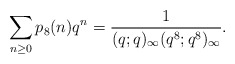
\begin{align*}\sum_{n\ge 0}p_8(n)q^n=\frac{1}{(q;q)_\infty(q^8;q^8)_\infty}.\end{align*}